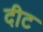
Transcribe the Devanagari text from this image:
दीट